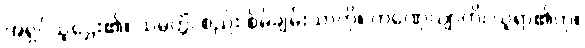
အရှင်သူဌေး၏။ သမ္ပတ္တိံ၊ စည်း စိမ်ချမ်းသာကို။ ကဏှေယျာတိ၊ ယူရာ၏ဟု။